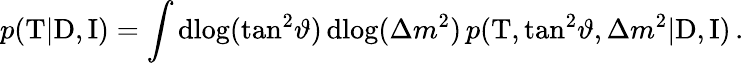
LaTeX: p(\mathrm{T}|\mathrm{D},\mathrm{I})=\int\mathrm{d}\! \log(\tan^{2}\! \vartheta)\, \mathrm{d}\! \log(\Delta{m}^{2})\, p(\mathrm{T},\tan^{2}\! \vartheta,\Delta{m}^{2}|\mathrm{D},\mathrm{I})\, .